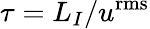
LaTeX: \tau={L_{I}}/{u^{\mathrm{{rms}}}}